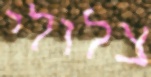
צלולי